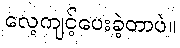
လေ့ကျင့်ပေးခဲ့တာပဲ။